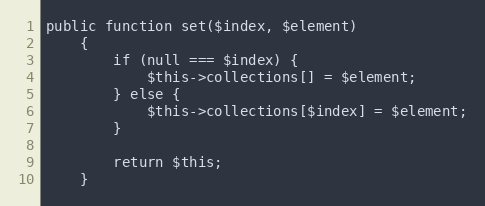
Language: PHP
public function set($index, $element)
    {
        if (null === $index) {
            $this->collections[] = $element;
        } else {
            $this->collections[$index] = $element;
        }

        return $this;
    }